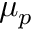
\mu _ { p }